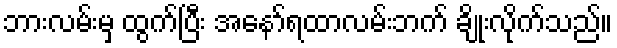
ဘားလမ်းမှ ထွက်ပြီး အနော်ရထာလမ်းဘက် ချိုးလိုက်သည်။